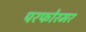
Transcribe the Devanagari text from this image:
परफोरमर